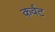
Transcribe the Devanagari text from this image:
कर्वट